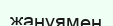
жанұямен